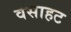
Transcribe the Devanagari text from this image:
वसाहट